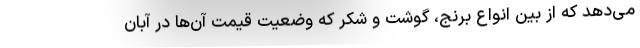
می‌دهد که از بین انواع برنج، ‌گوشت و شکر که وضعیت قیمت آن‌ها در آبان